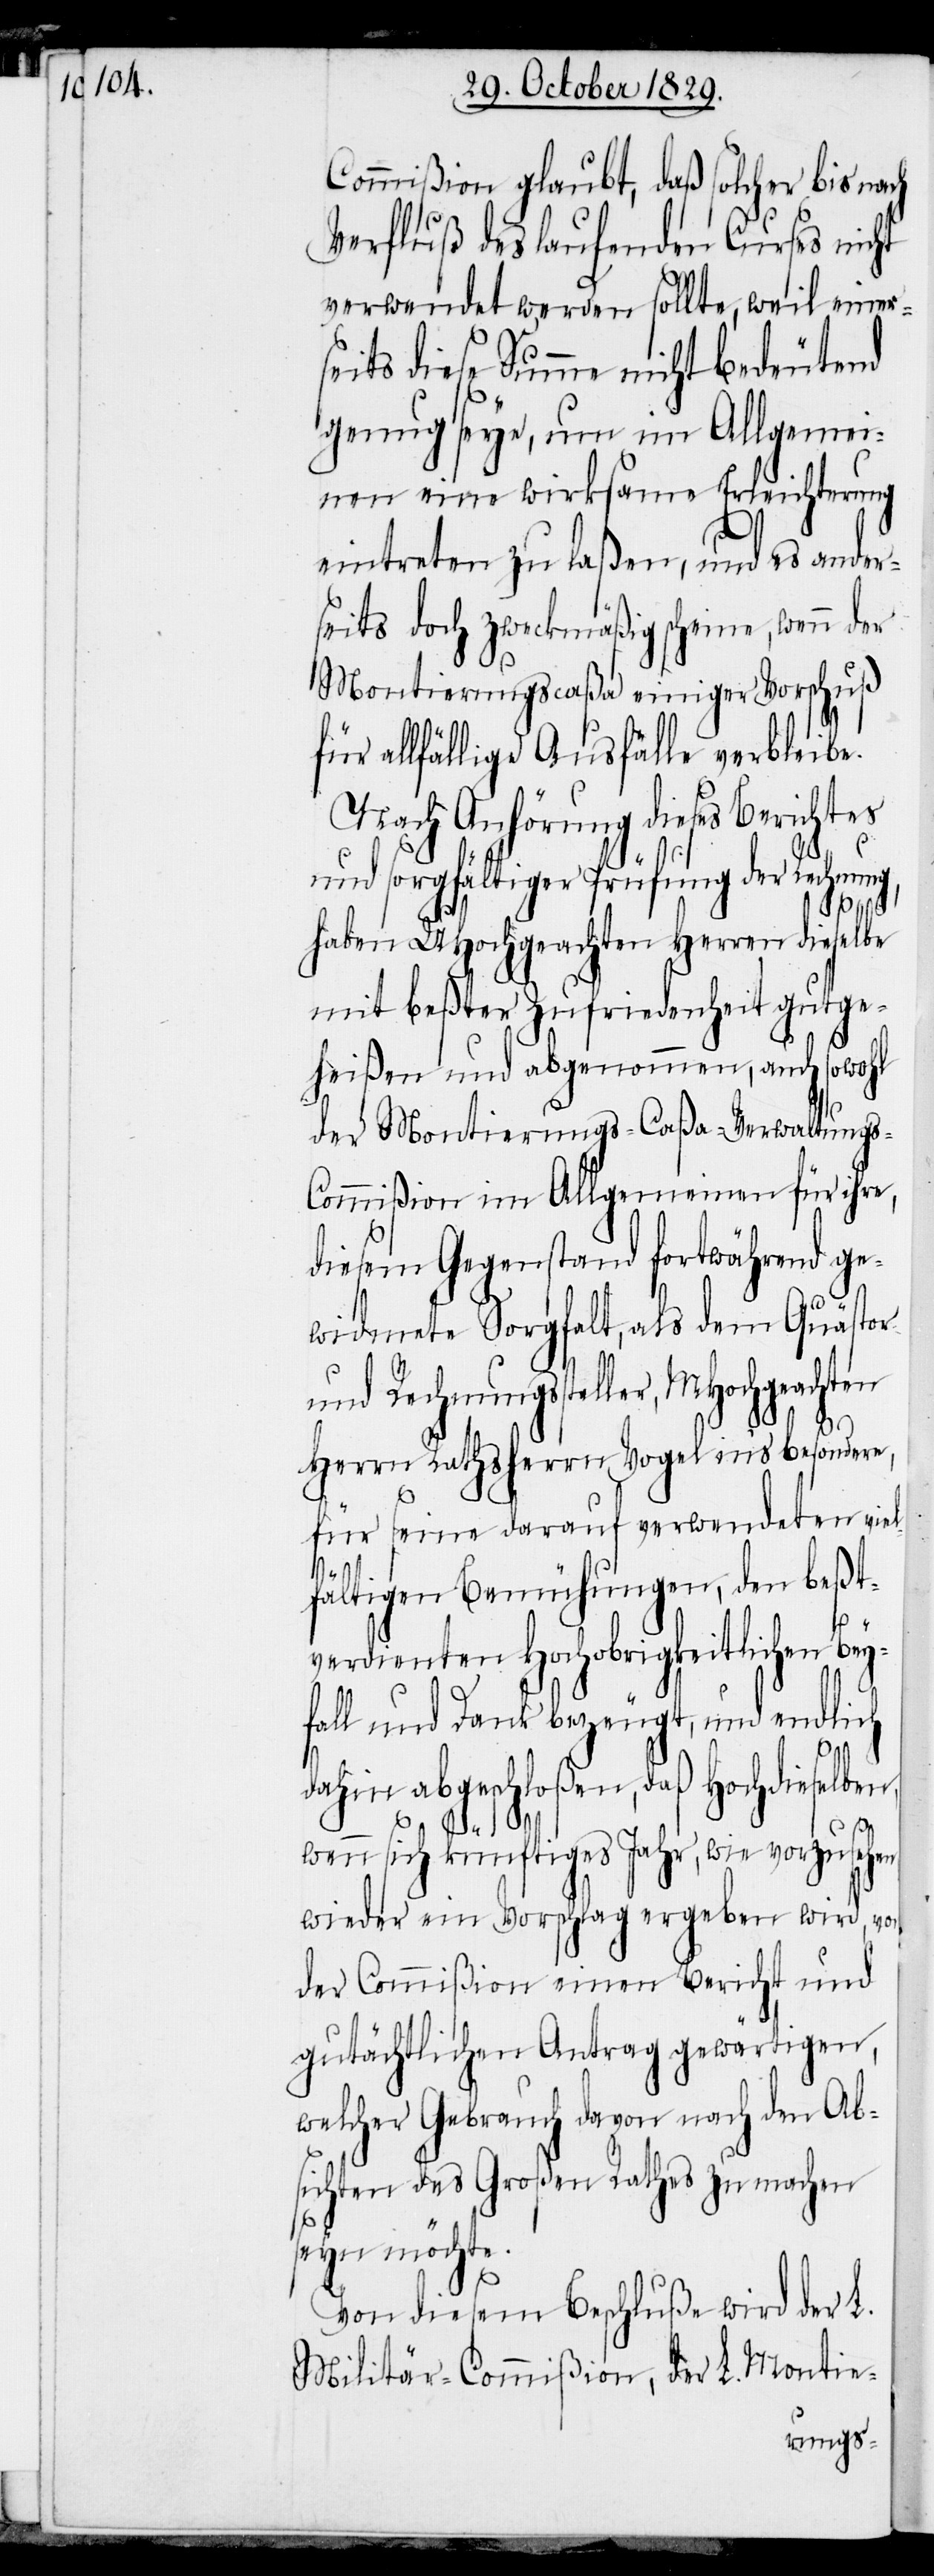
Commißion glaubt, daß solcher bis nach
Verfluß des laufenden Curses nicht
verwendet werden sollte, weil einer¬
seits die Summe nicht bedeutend
genug seye, um im Allgemei¬
nen eine wirksame Erleichterung
eintreten zu laßen, und es ander¬
seits doch zweckmäßig scheine, wenn der
Montierungscaßa einiger Vorschuß
für allfällige Ausfälle verbleibe.
Nach Anhörung dieses Berichtes
und sorgfältiger Prüfung der Rechnung,
haben UHochgeachten Herren dieselbe
mit beßter Zufriedenheit gutge¬
heißen und abgenommen, auch sowohl
der Montierungs-Caßa-Verwaltung¬
s-Commißion im Allgemeinen für ihre,
diesem Gegenstand fortwährend ge¬
widmete Sorgfalt, als dem Quästor
und Rechnungssteller, MHochgeachten
Herrn Rathsherrn Vogel insbesondere,
für seine darauf verwendeten vie¬
lfältigen Bemühungen, den beßt¬
verdienten Hochobrigkeitlichen Bey¬
fall und Dank bezeugt, und endlich
dahin abgeschloßen, daß Hochdieselben,
wenn sich künftiges Jahr, wie vorzusehen
wieder ein Vorschlag ergeben wird, von
der Commißion einen Bericht und
gutächtlichen Antrag gewärtigen,
welcher Gebrauch davon nach den Ab¬
sichten des Großen Rathes zu machen
seyn möchte.
Von diesem Beschluße wird der L.
Militär-Commißion, der L. Montie-